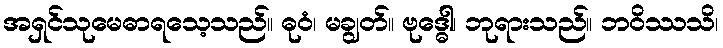
အရှင်သုမေဓာရသေ့သည်။ ဓုဝံ၊ မချွတ်။ ဗုဒ္ဓေါ၊ ဘုရားသည်။ ဘဝိဿသိ၊